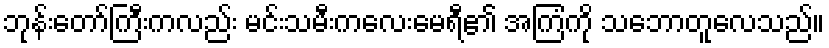
ဘုန်းတော်ကြီးကလည်း မင်းသမီးကလေးမေရီ၏ အကြံကို သဘောတူလေသည်။